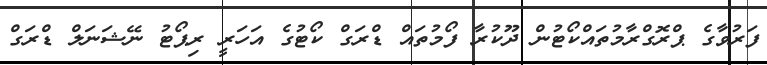
ފަރުވާގެ ޕްރޮގްރާމުތައްކޯޓުން ދޫކުރާ ފޯމުތައް ޑްރަގް ކޯޓުގެ އަހަރީ ރިޕޯޓު ނޭޝަނަލް ޑްރަގް